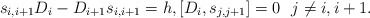
\begin{gather*} s_{i,i+1} D_{i} - D_{i+1} s_{i,i+1}=h, [D_i, s_{j,j+1}]=0 \ \ j \not=i, i+1.\end{gather*}